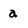
Character: a